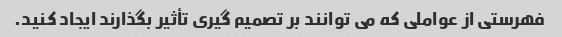
فهرستی از عواملی که می توانند بر تصمیم گیری تأثیر بگذارند ایجاد کنید.